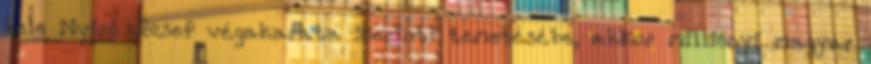
bele Nyirő József végakarata szerinti temetésébe, akkor milliónyi magyar